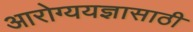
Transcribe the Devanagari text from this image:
आरोग्ययज्ञासाठी